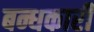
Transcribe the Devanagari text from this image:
बन्धकारी